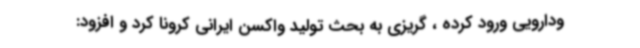
ودارویی ورود کرده ، گریزی به بحث تولید واکسن ایرانی کرونا کرد و افزود: